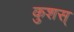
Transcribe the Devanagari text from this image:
कुशस्